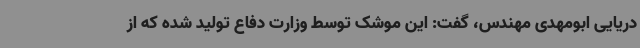
دریایی ابومهدی مهندس، گفت: این موشک توسط وزارت دفاع تولید شده که از